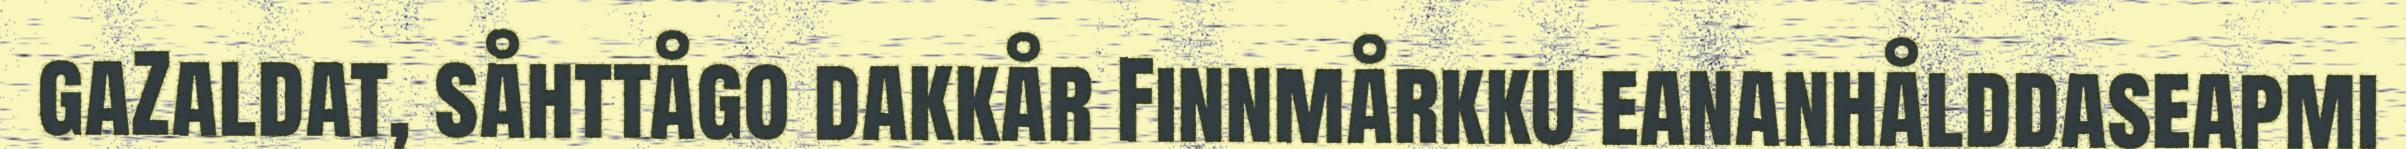
gaZaldat, såhttågo dakkår Finnmårkku eananhålddaseapmi